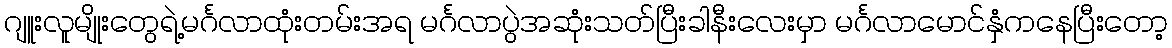
ဂျူးလူမျိုးတွေရဲ့မင်္ဂလာထုံးတမ်းအရ မင်္ဂလာပွဲအဆုံးသတ်ပြီးခါနီးလေးမှာ မင်္ဂလာမောင်နှံကနေပြီးတော့